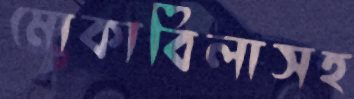
মোকাবিলাসহ